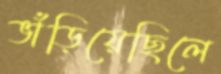
ভাঁড়িয়েছিলে